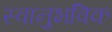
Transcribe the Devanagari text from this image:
स्वानुभविक